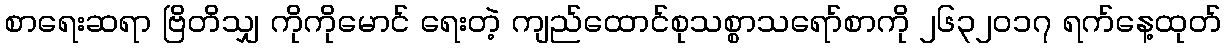
စာရေးဆရာ ဗြိတိသျှ ကိုကိုမောင် ရေးတဲ့ ကျည်ထောင်စုသစ္စာသရော်စာကို ၂၆၃၂ဝ၁၇ ရက်နေ့ထုတ်